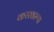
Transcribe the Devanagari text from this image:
करस्वरूप